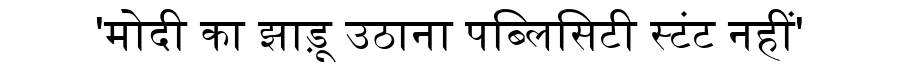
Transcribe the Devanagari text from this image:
'मोदी का झाड़ू उठाना पब्लिसिटी स्टंट नहीं'